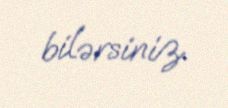
bilərsiniz.